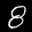
Label: 8